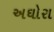
અઘોરા